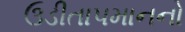
ઉડીતાપમાનનો